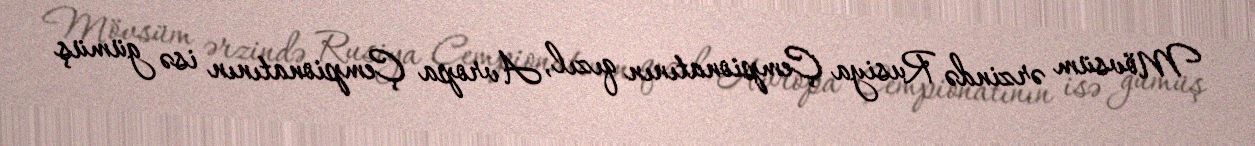
Mövsüm ərzində Rusiya Çempionatının qızıl, Avropa Çempionatının isə gümüş